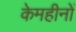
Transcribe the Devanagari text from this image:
केमहीनों